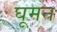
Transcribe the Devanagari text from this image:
घूमन